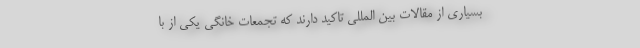
بسیاری از مقالات بین المللی تاکید دارند که تجمعات خانگی یکی از با